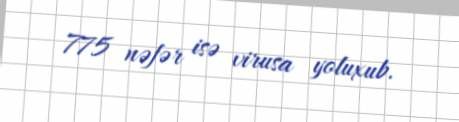
775 nəfər isə virusa yoluxub.